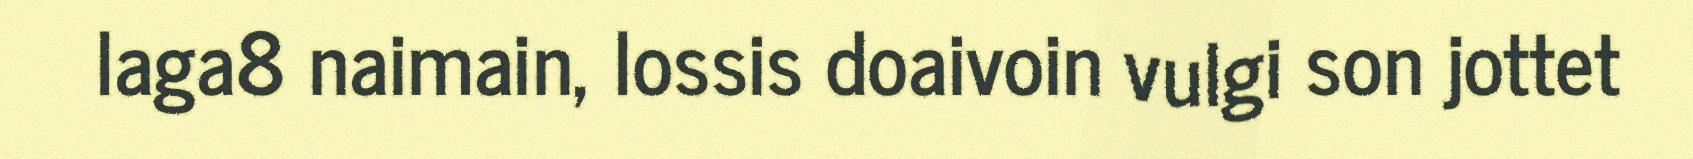
laga8 naimain, lossis doaivoin vulgi son jottet